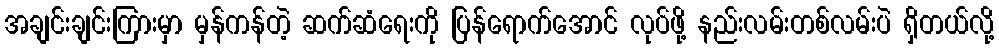
အချင်းချင်းကြားမှာ မှန်ကန်တဲ့ ဆက်ဆံရေးကို ပြန်ရောက်အောင် လုပ်ဖို့ နည်းလမ်းတစ်လမ်းပဲ ရှိတယ်လို့